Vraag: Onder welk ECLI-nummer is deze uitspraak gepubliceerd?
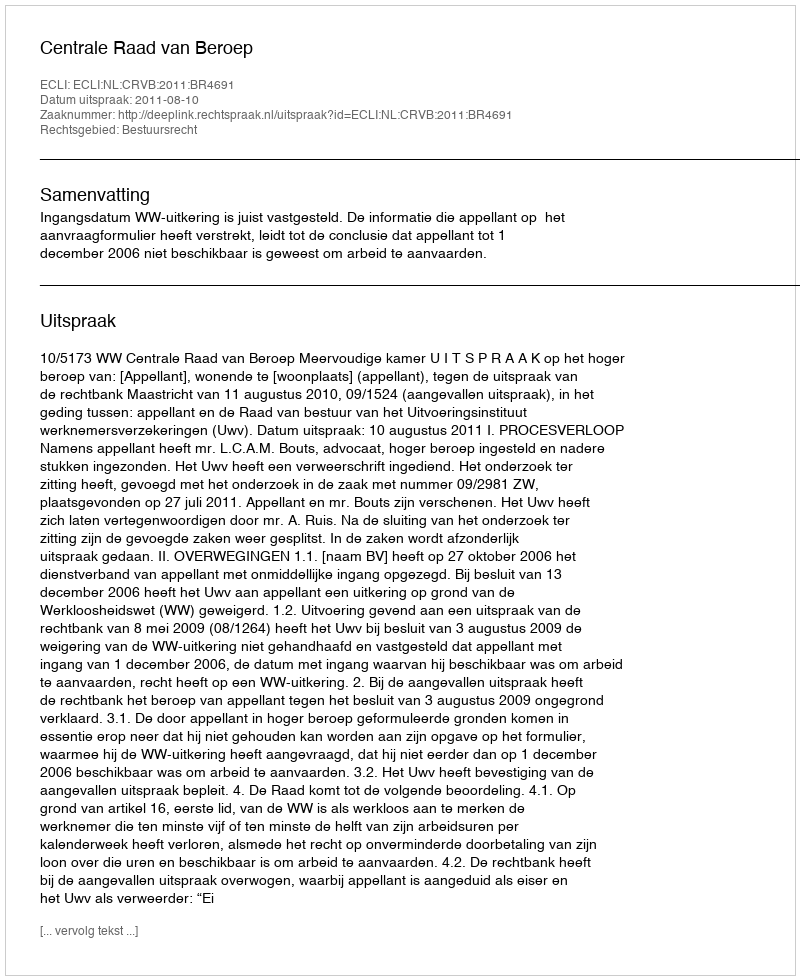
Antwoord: ECLI:NL:CRVB:2011:BR4691